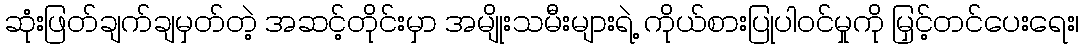
ဆုံးဖြတ်ချက်ချမှတ်တဲ့ အဆင့်တိုင်းမှာ အမျိုးသမီးများရဲ့ ကိုယ်စားပြုပါဝင်မှုကို မြှင့်တင်ပေးရေး၊